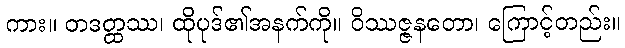
ကား။ တဒတ္ထဿ၊ ထိုပုဒ်၏အနက်ကို။ ဝိဿဇ္ဇနတော၊ ကြောင့်တည်း။